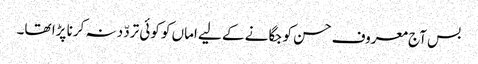
بس آج معروف حسن کو جگانے کے لیے اماں کو کوئی تردّد نہ کرنا پڑا تھا۔